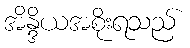
အိန္ဒိယအစိုးရသည်